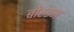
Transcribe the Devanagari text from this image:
बोरडन